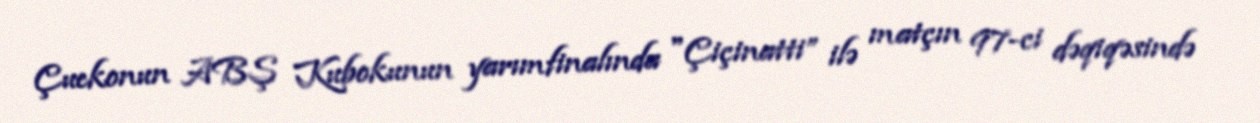
Çuekonun ABŞ Kubokunun yarımfinalında "Çiçinatti” ilə matçın 97-ci dəqiqəsində